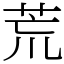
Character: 荒